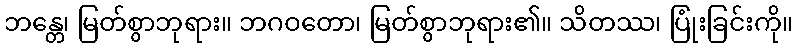
ဘန္တေ၊ မြတ်စွာဘုရား။ ဘဂဝတော၊ မြတ်စွာဘုရား၏။ သိတဿ၊ ပြုံးခြင်းကို။